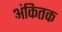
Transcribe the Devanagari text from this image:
अंकितक